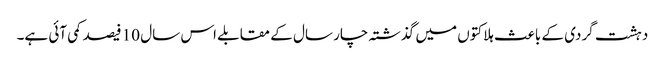
دہشت گردی کے باعث ہلاکتوں میں گذشتہ چار سال کے مقابلے اس سال 10 فیصد کمی آئی ہے۔